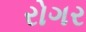
રોગર